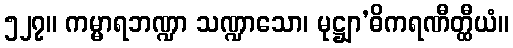
၅၂၇။ ကမ္မာရဘဏ္ဍာ သဏ္ဍာသော၊ မုဋ္ဌျာ’ဓိကရဏီတ္ထီယံ။